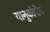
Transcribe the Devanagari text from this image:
यानुकोवीच